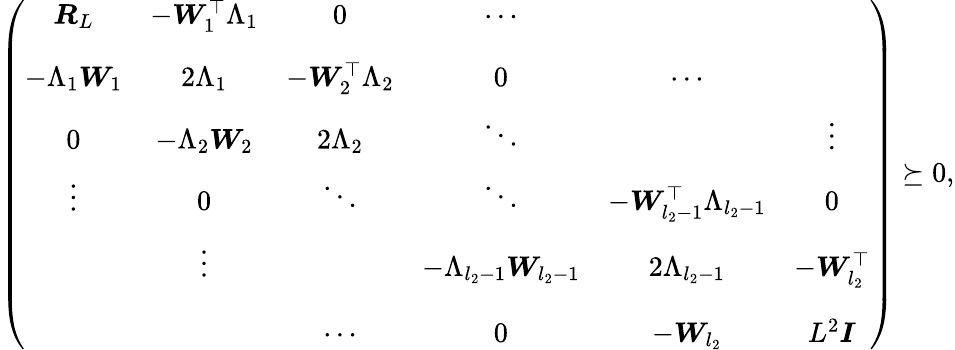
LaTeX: \begin{array}{r}{\left(\begin{array}{cccccc}{\boldsymbol{R}_{L}}&{-\boldsymbol{W}_{1}^{\top}\Lambda_{1}}&{0}&{\cdots}&&\\ {-\Lambda_{1}\boldsymbol{W}_{1}}&{2\Lambda_{1}}&{-\boldsymbol{W}_{2}^{\top}\Lambda_{2}}&{0}&{\cdots}&{\phantom{\ddots}}\\ {0}&{-\Lambda_{2}\boldsymbol{W}_{2}}&{2\Lambda_{2}}&{\ddots}&{\phantom{\ddots}}&{\vdots}\\ {\vdots}&{0}&{\ddots}&{\ddots}&{-\boldsymbol{W}_{l_{2}-1}^{\top}\Lambda_{l_{2}-1}}&{0}\\ &{\vdots}&{\phantom{\ddots}}&{-\Lambda_{l_{2}-1}\boldsymbol{W}_{l_{2}-1}}&{2\Lambda_{l_{2}-1}}&{-\boldsymbol{W}_{l_{2}}^{\top}}\\ &{\phantom{\ddots}}&{\cdots}&{0}&{-\boldsymbol{W}_{l_{2}}}&{L^{2}\boldsymbol{I}}\end{array}\right)\succeq 0,}\end{array}